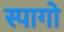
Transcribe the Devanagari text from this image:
स्पागो